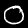
Label: 0